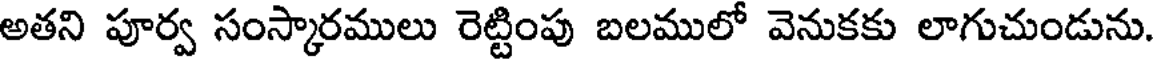
అతని పూర్వ సంస్కారములు రెట్టింపు బలములో వెనుకకు లాగుచుండును.